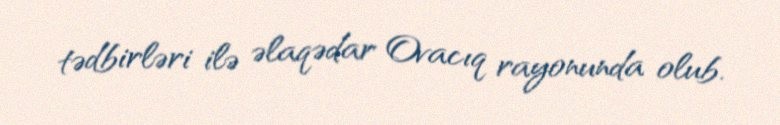
tədbirləri ilə əlaqədar Ovacıq rayonunda olub.